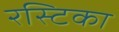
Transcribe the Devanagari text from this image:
रस्टिका